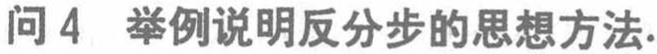
问 4 举例说明反分步的思想方法.